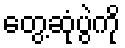
တွေ့ဆုံပွဲကို